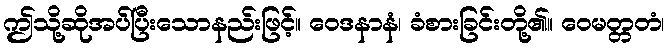
ဤသို့ဆိုအပ်ပြီးသောနည်းဖြင့်။ ဝေဒနာနံ၊ ခံစားခြင်းတို့၏။ ဝေမတ္တတံ၊